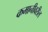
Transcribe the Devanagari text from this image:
कमानीवरील